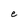
Character: e